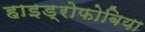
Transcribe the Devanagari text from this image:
हाइड्रोफोबिया